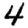
Digit: 4